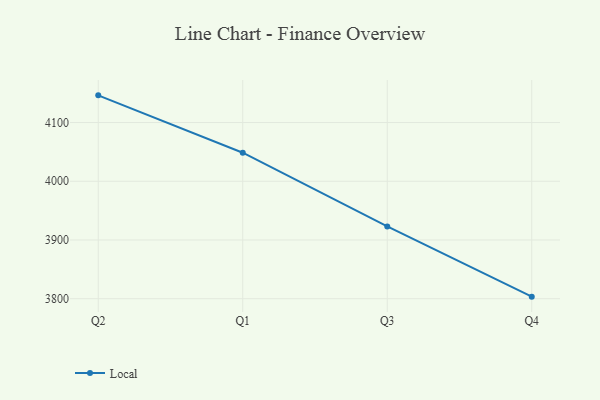
{"axis": {"x": "Quarter", "y": "Shipments"}, "legend": ["Local"], "data": [{"x": "Q2", "y": 4146.3, "type": "Local"}, {"x": "Q1", "y": 4048.6, "type": "Local"}, {"x": "Q3", "y": 3923.0, "type": "Local"}, {"x": "Q4", "y": 3803.5, "type": "Local"}]}